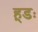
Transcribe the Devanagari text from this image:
हूडः